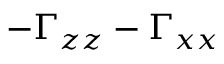
- \Gamma _ { z z } - \Gamma _ { x x }